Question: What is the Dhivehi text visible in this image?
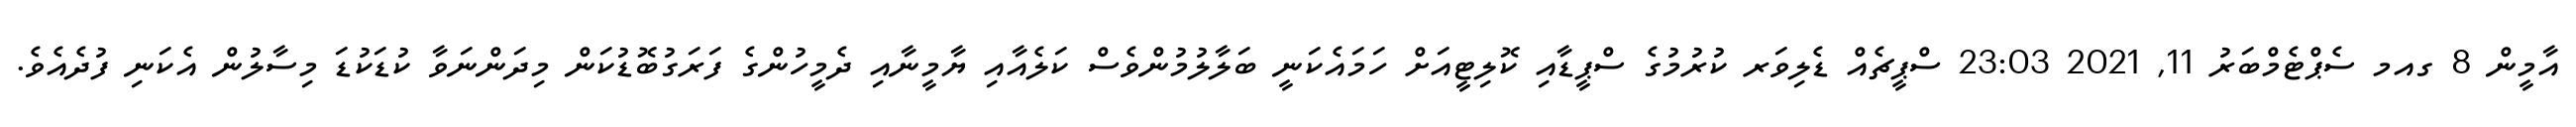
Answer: އާމީން 8 ގއމ ސެޕްޓެމްބަރު 11, 2021 23:03 ސްޕީޗެއް ޑެލިވަރ ކުރުމުގެ ސްޕީޑާއި ކޮލިޓީއަށް ހަމައެކަނީ ބަލާލުމުންވެސް ކަލެއާއި ޔާމީނާއި ދެމީހުންގެ ފަރަގުބޮޑުކަން މިދަންނަވާ ކުޑަކުޑަ މިސާލުން އެކަނި ފުދެއެވެ.